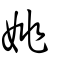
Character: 姚